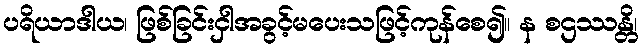
ပရိယာဒါယ၊ ဖြစ်ခြင်းငှါအခွင့်မပေးသဖြင့်ကုန်စေ၍။ န စဌဿန္တိ၊